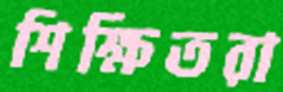
শিক্ষিতরা